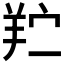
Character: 𬙯